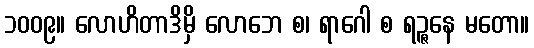
၁၀၀၉။ လောဟိတာဒိမှိ လောဘေ စ၊ ရာဂေါ စ ရဉ္ဇနေ မတော။